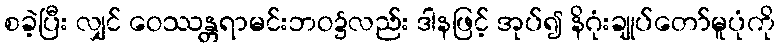
စခဲ့ပြီး လျှင် ဝေဿန္တရာမင်းဘဝ၌လည်း ဒါနဖြင့် အုပ်၍ နိဂုံးချုပ်တော်မူပုံကို